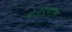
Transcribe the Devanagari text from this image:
थे।न्यूयॉर्क